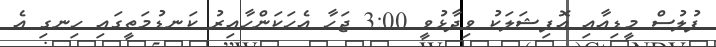
ފުލުސް މީޑިއާއި އޮފިޝަލަކު ވިދާޅުވީ 3:00 ޖަހާ އެހަކަންހާއިރު ކަނޑުމަތީގައި ހިނގި އެ